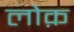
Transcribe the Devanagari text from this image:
लोक़